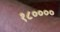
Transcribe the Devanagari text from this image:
१८००००